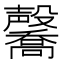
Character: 毊